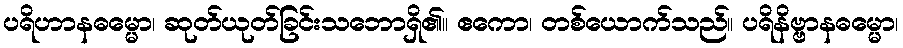
ပရိဟာနဓမ္မော၊ ဆုတ်ယုတ်ခြင်းသဘောရှိ၏။ ဧကော၊ တစ်ယောက်သည်။ ပရိနိဗ္ဗာနဓမ္မော၊